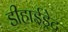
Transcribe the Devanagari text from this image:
डीहाईड्रेट